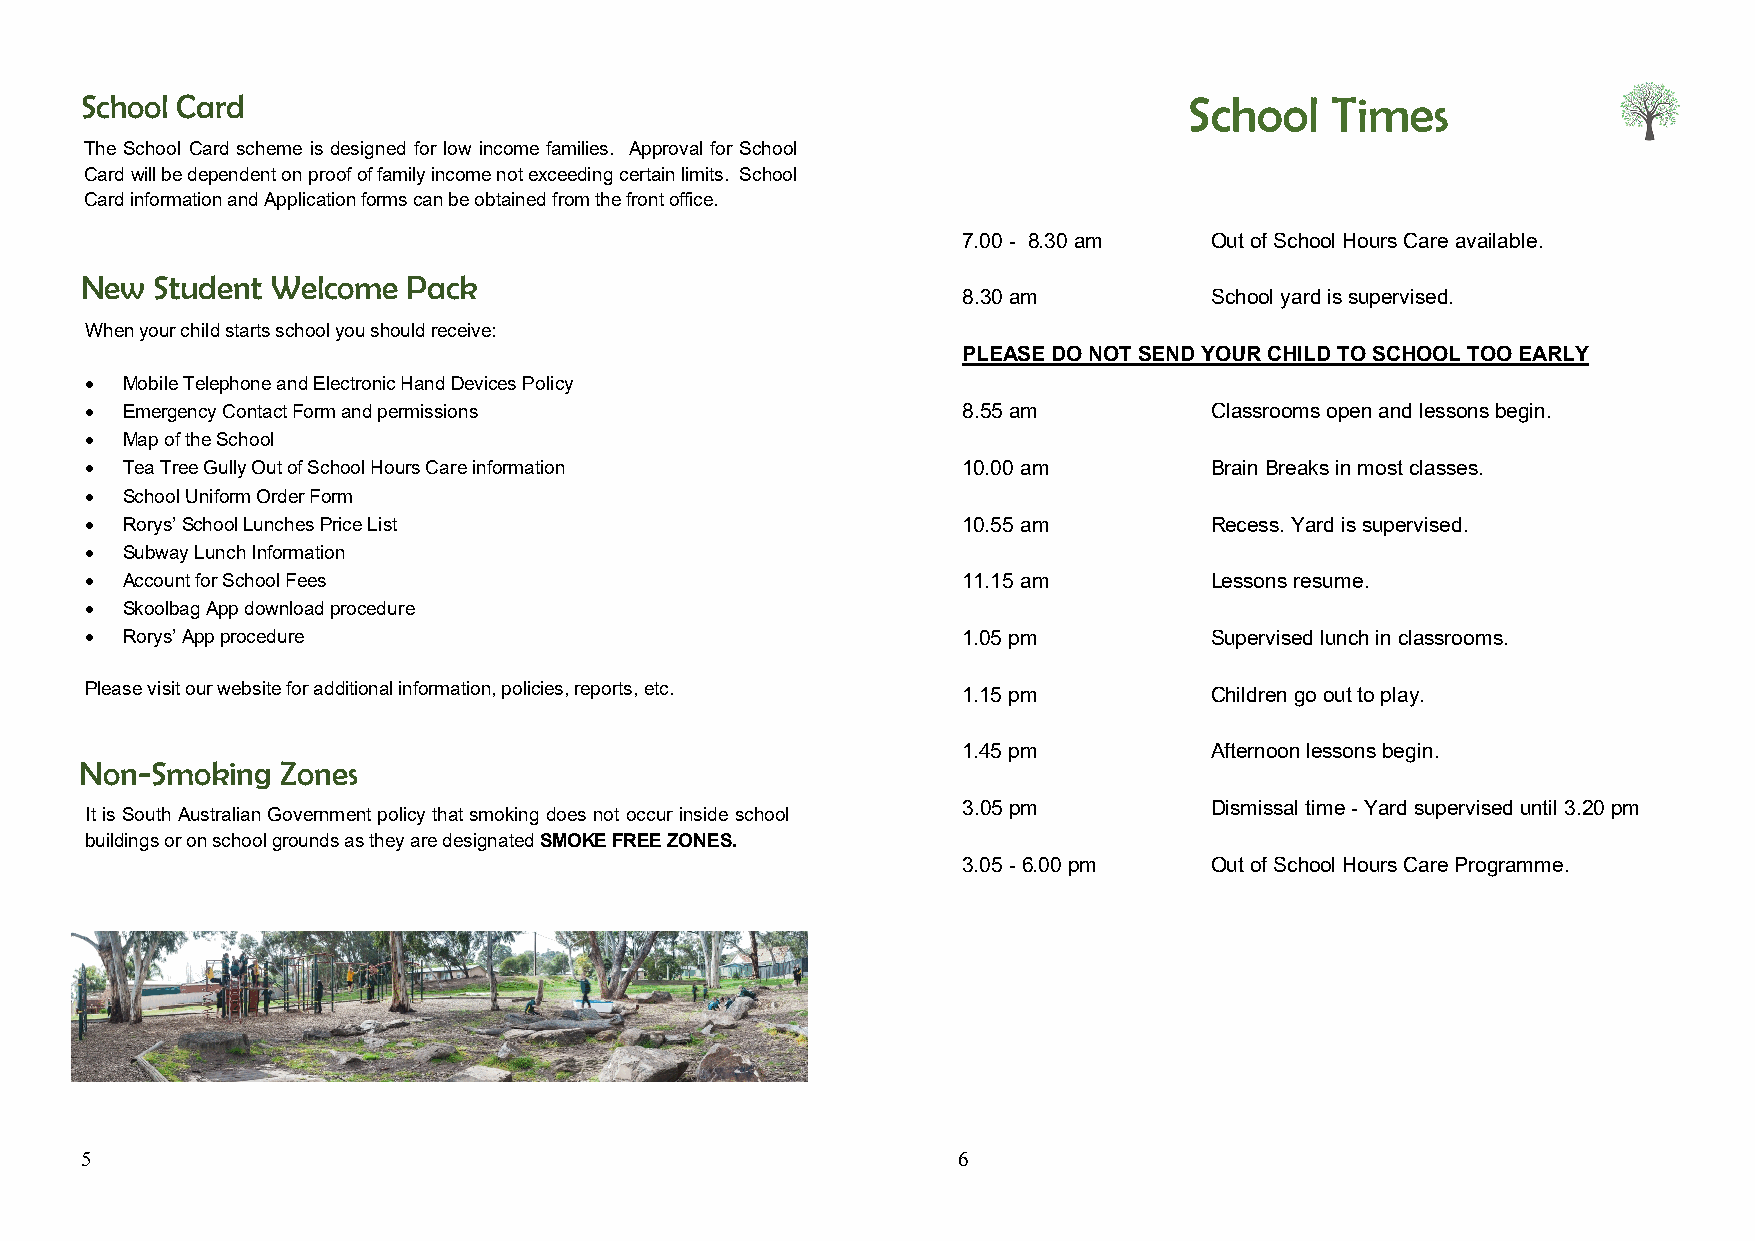
School Card                                                               School   Times
 The School Card scheme is designed for low income families. Approval for School
 Card will be dependent on proof of family income not exceeding certain limits. School
 Card information and Application forms can be obtained from the front office.
 7.00 - 8.30 am  Out of School Hours Care available.
 New  Student Welcome  Pack
 8.30 am         School yard is supervised.
 When your child starts school you should receive:
 PLEASE DO NOT SEND YOUR CHILD TO SCHOOL TOO EARLY
  Mobile Telephone and Electronic Hand Devices Policy
  Emergency Contact Form and permissions                  8.55 am         Classrooms open and lessons begin.
  Map of the School
  Tea Tree Gully Out of School Hours Care information     10.00 am        Brain Breaks in most classes.
  School Uniform Order Form
  Rorys’ School Lunches Price List                        10.55 am        Recess. Yard is supervised.
  Subway Lunch Information
  Account for School Fees                                 11.15 am        Lessons resume.
  Skoolbag App download procedure
  Rorys’ App procedure                                    1.05 pm         Supervised lunch in classrooms.
 Please visit our website for additional information, policies, reports, etc. 1.15 pm Children go out to play.
 1.45 pm         Afternoon lessons begin.
 Non-Smoking   Zones
 3.05 pm         Dismissal time - Yard supervised until 3.20 pm
 It is South Australian Government policy that smoking does not occur inside school
 buildings or on school grounds as they are designated SMOKE FREE ZONES.
 3.05 - 6.00 pm  Out of School Hours Care Programme.
 5                                                         6